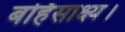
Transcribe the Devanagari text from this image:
बर्हिसाक्ष्य।